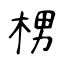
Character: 㭷